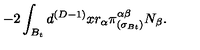
- 2 \int _ { B _ { t } } d ^ { ( D - 1 ) } x r _ { \alpha } \pi _ { ( \sigma _ { B t } ) } ^ { \alpha \beta } N _ { \beta } .